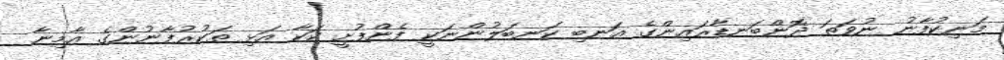
މަނިކުފާނު ނުވަތަ ދޮންބަނޑާރައިންގެ އަނބި ކަނބަލުންނަކީ ފެންފުށީ ކަކާ އަޅި ތަކުރުފާނުންގެ އާމިނާ